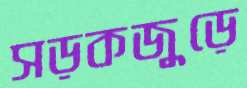
সড়কজুড়ে